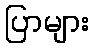
ပြာများ